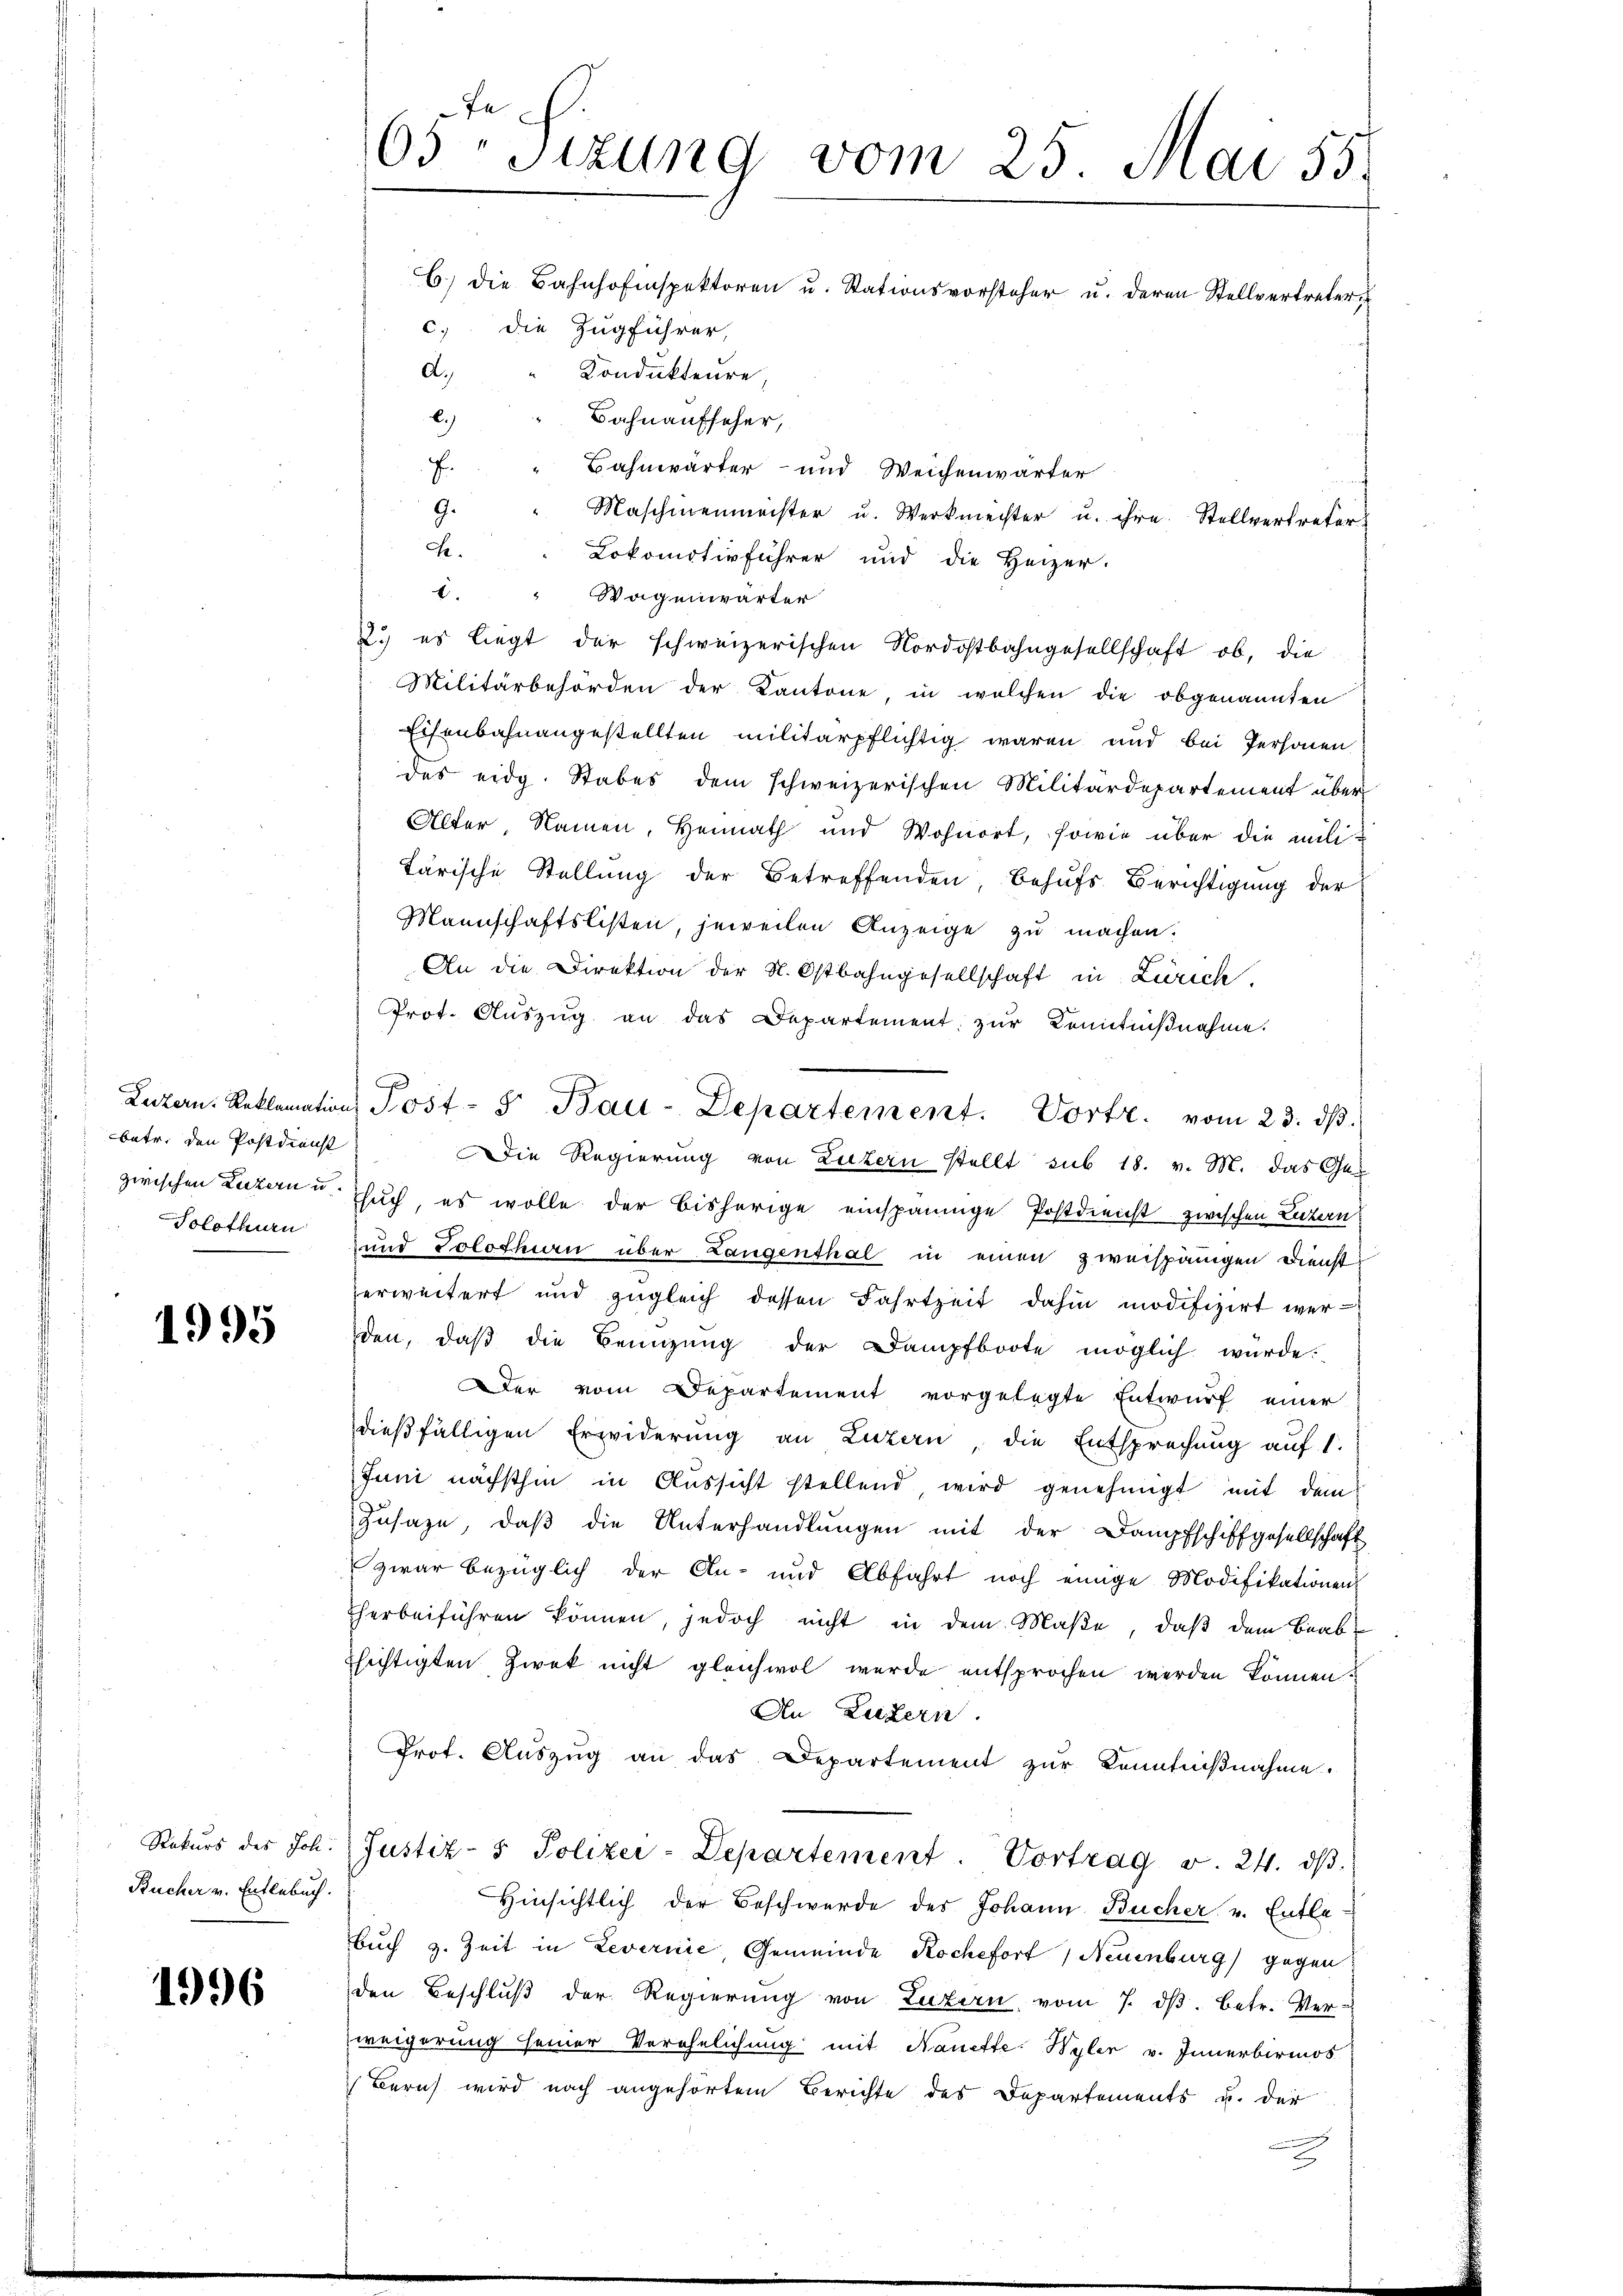
betr. den Postdienst

1995

Bucher v. Entlebuch.

1996

65ten Sizung vom 25. Mai 55.
B) Die Bahnhofinspektoren u. Stationsvorsteher u. deren Stellvertreter,
c.) die Zugführer,
d.)
Kondukteure,

l.) " Bahnaufseher,
Bahnwärter- und Weichenwärter
E.
9.
Maschinenmeister u. Werkmeister u. ihre Stellvertreter
h." Lokomotivführer und die Heizer.
1. " Wagenwärter
2. es liegt der schweizerischen Nordostbahngesellschaft ob, die
Militärbehörden der Kantone, in welchen die obgenannten
Eisenbahnangestellten militärpflichtig waren und bei Personen
des eidg. Stabes dem schweizerischen Militärdepartement über
Alter, Namen, Heimath und Wohnort, sowie über die militärische Stellung der Betreffenden, Behufs Berichtigung der
Mannschaftslisten, jeweilen Anzeige zu machen.
An die Direktion der N. Ostbahngesellschaft in Zürich,
Prot. Aŭszŭg an das Departement zŭr Kenntniβnahme.
Die Regierung von Luzern stellt sub 18. v. M. das Ges
zwischen Luzern u. Euch, es wolle der bisherige einspännige Postdienst zwischen Luzern
Solothurn und Solothurn über Langenthal in einen zweispänigen Dienst
erweitert und zugleich dessen Fahrtzeit dahin modifizirt werden, daβ die Beizŭng der Dampfboote möglich würde.
Der vom Departement vorgelegte Entwurf einer
dießfälligen Erwiderung an Luzern, die Entsprechung auf 1.
Juni nächsthin in Aussicht stellend, wird genehmigt mit dem
Zusage, daß die Unterhandlungen mit der Dampfschiffgesellschaft
zwar bezüglich der An- und Abfahrt noch einige Modifikationen
herbeiführen können, jedoch nicht in dem Maße, daß dem Beabhichtigten Zwek nicht gleichwol wurde entsprochen werden können.
An Luzern.
Prot. Aŭszŭg an das Departement zŭr Kenntniβnahme.
Rekŭrs des Joh. Justiz- & Polizei-Departement. Vortrag v. 24. dβ
Hinsichtlich der Beschwerde des Johann Bücher v. Entla-
Buch z. Zeit in Levernie, Gemeinde Rochefort, Neuenburg gegen
den Beschluß der Regierung von Luzern, vom 7. ds. betr. Verzweigerung seiner Verehelichung mit Nanette Wyler v. Innerbirmos
Bern wird nach angehörtem Berichte des Departements u. der
.
2

Luzern. Reklamation Post- & Bau-Departement. Vortr. vom 23. dβ.